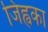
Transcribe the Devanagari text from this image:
जिह्वका